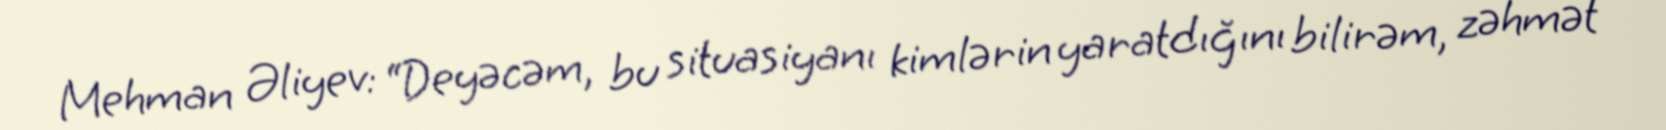
Mehman Əliyev: “Deyəcəm, bu situasiyanı kimlərin yaratdığını bilirəm, zəhmət